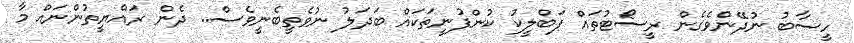
ހީސާބު ނުދޭންވެގެން ރީސޯޓުތައް ޕަބްލީކު ކުންފުނީތަކައް ބަދަލު ނުވެތީބެނީވެސް.. ދެން ރައްޔީތުންނައް މާ